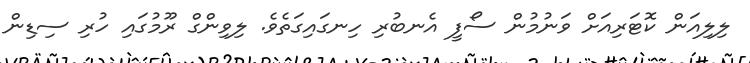
ލިލިއަން ކޮޓަރިއަށް ވަނުމުން ސޯފީ އެނބުރި ހިނގައިގަތެވެ. ލިވިންގް ރޫމުގައި ހުރި ސިޑިން